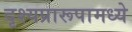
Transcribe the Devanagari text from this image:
दृश्यप्रारूपामध्ये